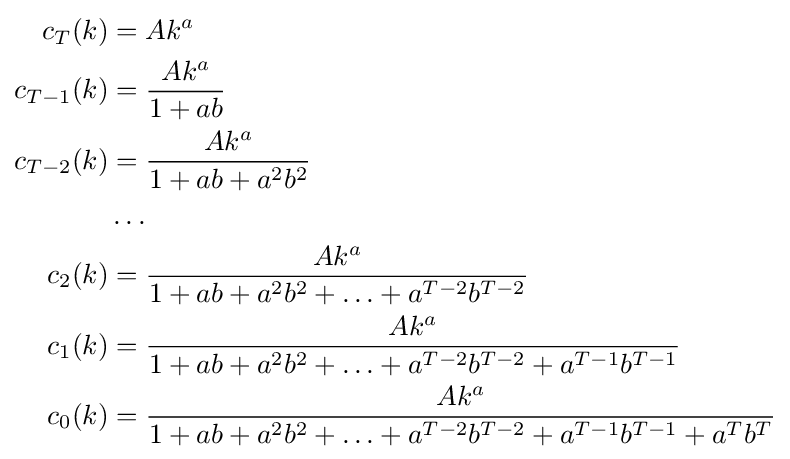
{\begin{aligned}c_{T}(k)&=Ak^{a}\\c_{T-1}(k)&={\frac {Ak^{a}}{1+ab}}\\c_{T-2}(k)&={\frac {Ak^{a}}{1+ab+a^{2}b^{2}}}\\&\dots \\c_{2}(k)&={\frac {Ak^{a}}{1+ab+a^{2}b^{2}+\ldots +a^{T-2}b^{T-2}}}\\c_{1}(k)&={\frac {Ak^{a}}{1+ab+a^{2}b^{2}+\ldots +a^{T-2}b^{T-2}+a^{T-1}b^{T-1}}}\\c_{0}(k)&={\frac {Ak^{a}}{1+ab+a^{2}b^{2}+\ldots +a^{T-2}b^{T-2}+a^{T-1}b^{T-1}+a^{T}b^{T}}}\end{aligned}}